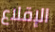
الإقلاع